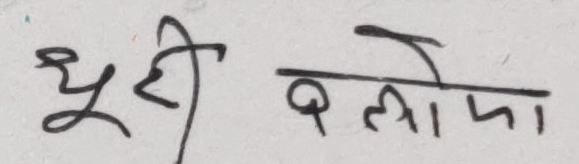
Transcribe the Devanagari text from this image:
भूरी दलोमा